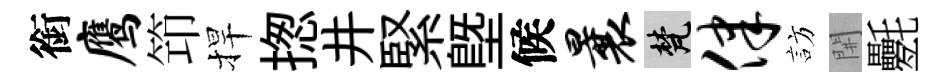
銜鹰笻捍揔井緊塈候曩梵律訪𨳩氎